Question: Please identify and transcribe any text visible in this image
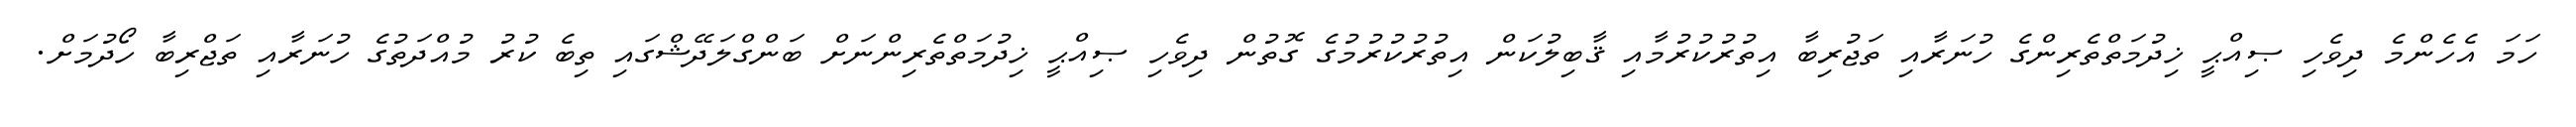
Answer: ހަމަ އެހެންމެ ދިވެހި ޞިއްޙީ ޚިދުމަތްތެރިންގެ ހުނަރާއި ތަޖުރިބާ އިތުރުކުރުމާއި ޤާބިލުކަން އިތުރުކުރުމުގެ ގޮތުން ދިވެހި ޞިއްޙީ ޚިދުމަތްތެރިންނަށް ބަންގްލަދޭޝްގައި ތިބެ ކުރު މުއްދަތުގެ ހުނަރާއި ތަޖްރިބާ ހޯދުމަށް.